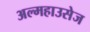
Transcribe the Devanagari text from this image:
अल्महाउसेज